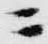
ニ